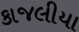
કાજલીયા